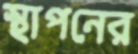
স্থাপনের